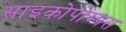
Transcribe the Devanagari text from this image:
साइकोपोम्पस